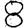
Digit: 8